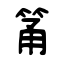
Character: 筩